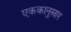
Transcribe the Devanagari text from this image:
एककानुसार